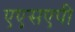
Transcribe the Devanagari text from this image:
एएसएपी